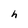
Character: h